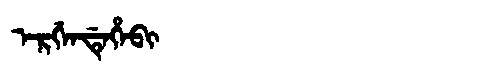
Manchu: ᡝᡵᡤᡝᠨᡩᡝᡥᡝᠪᡳ
Romanization: ERGENDEHEBI